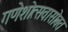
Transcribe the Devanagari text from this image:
गणेशोत्सवासोबत